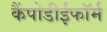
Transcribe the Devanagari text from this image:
कैंपोडीईफॉर्म